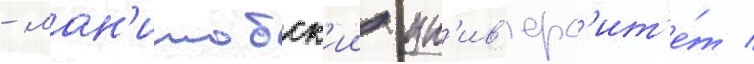
- ман'итобск'ии ун'ив'ерс'ит'е́т /